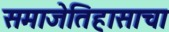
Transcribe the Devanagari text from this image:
समाजेतिहासाचा